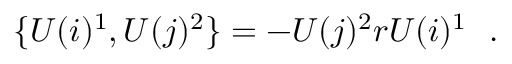
\{ U ( i ) ^ { 1 } , U ( j ) ^ { 2 } \} = - U ( j ) ^ { 2 } r U ( i ) ^ { 1 } \ \ .